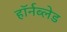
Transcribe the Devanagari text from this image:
हॉर्नब्लेड